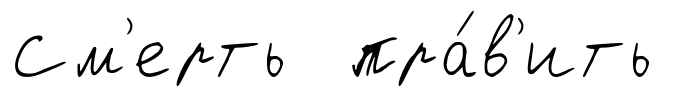
См'ерть пра́в'ить